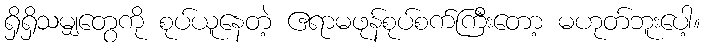
ရှိရှိသမျှတွေကို စုပ်ယူနေတဲ့ ဧရာမဖုန်စုပ်စက်ကြီးတော့ မဟုတ်ဘူးပေါ့။